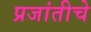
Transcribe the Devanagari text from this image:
प्रजांतीचे